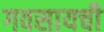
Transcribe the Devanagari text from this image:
गवसायची